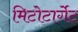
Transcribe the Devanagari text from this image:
मिटोटार्गेट